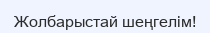
Жолбарыстай шеңгелім!